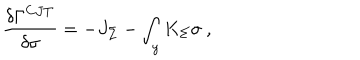
{ \frac { \delta \Gamma ^ { C J T } } { \delta \sigma } } = - J _ { \Sigma } - \int _ { y } K _ { \Sigma } \sigma ~ ,